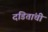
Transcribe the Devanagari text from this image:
दंडितांची